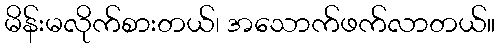
မိန်းမလိုက်စားတယ်၊ အသောက်ဖက်လာတယ်။